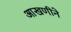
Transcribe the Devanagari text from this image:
आखणीने